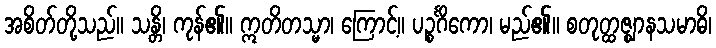
အစိတ်တို့သည်။ သန္တိ၊ ကုန်၏။ ဣတိတသ္မာ၊ ကြောင့်။ ပဉ္စင်္ဂိကော၊ မည်၏။ စတုတ္ထဇ္ဈာနသမာဓိ၊